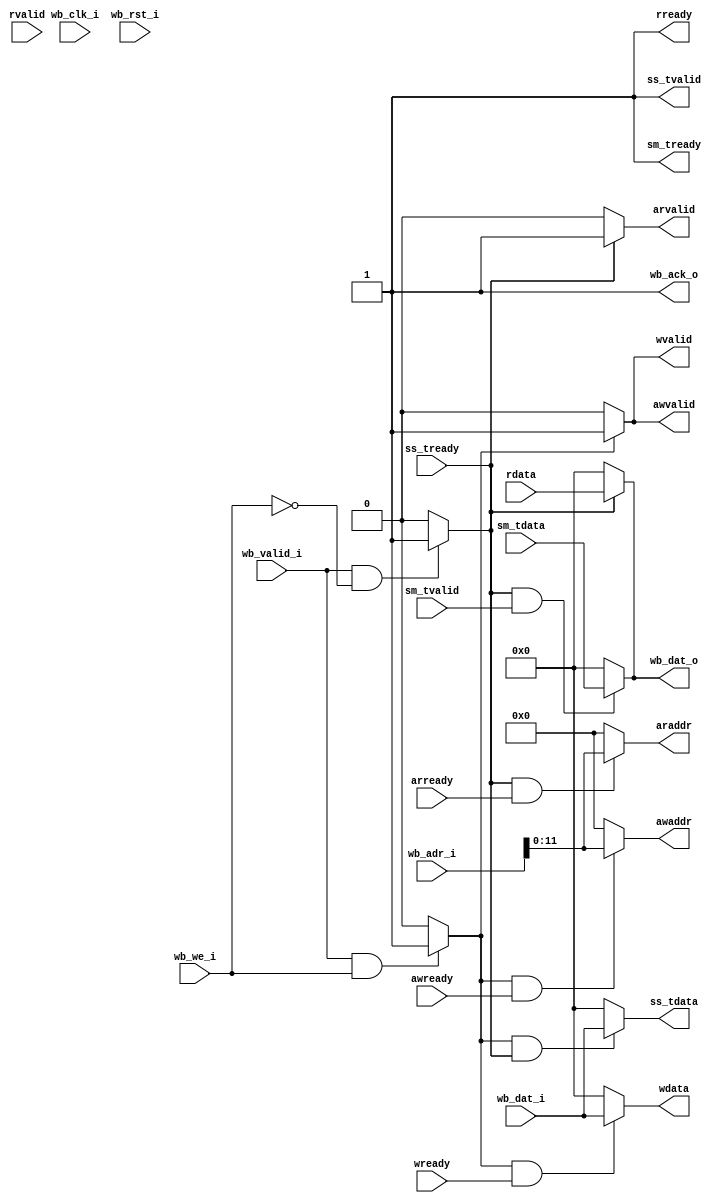
module wb_axistream
(
    // Wishbone Slave ports (WB MI A)
    input wb_clk_i,
    input wb_rst_i,
    input wb_valid_i,
    input wb_we_i,
    input [31:0] wb_dat_i,
    input [31:0] wb_adr_i,
    output wb_ack_o,
    output [31:0] wb_dat_o,

    //AXI lite
    // coef write address
    input                       awready,
    output                       awvalid,
    output  [11:0]    awaddr,
    // coef write data
    input                       wready,
    output                       wvalid,
    output  [31:0]    wdata,
    // coef read address
    input                       arready,
    output                       arvalid,
    output  [11:0]    araddr,
    //coef read data
    output                       rready,
    input                       rvalid,
    input  [31:0]    rdata,

    //AXI stream
    //data
    output                      ss_tvalid,
    output  [31:0]    ss_tdata,
    input                       ss_tready,
    //check
    output                       sm_tready, 
    input                      sm_tvalid, 
    input   [31:0] sm_tdata
);
    wire write;
    wire read;
    assign write = (wb_valid_i && wb_we_i) ? 1:0;
    assign read = (wb_valid_i && !wb_we_i) ? 1:0;
    // lite
    assign awvalid = (write) ? 1:0;
    assign wvalid = (write) ? 1:0;
    assign arvalid = (read) ? 1:0;
    assign rready = 1;

    assign awaddr = (write && awready) ? wb_adr_i:0;
    assign araddr = (read && arready) ? wb_adr_i:0;

    assign wdata = (write && wready) ? wb_dat_i:0;
    assign wb_dat_o = (read && rready) ? rdata: 0;

    // stream
    assign ss_tvalid = 1;
    assign ss_tdata = (write && ss_tready) ? wb_dat_i: 0;

    assign sm_tready = 1;
    assign wb_dat_o = (read && sm_tvalid) ? sm_tdata: 0;

    assign wb_ready = (!wb_we_i && wb_valid_i && ss_tvalid) ? 1: 0;
    assign ss_tready = (!wb_we_i && wb_valid_i && ss_tvalid) ? 1: 0;
    
    assign wb_ack_o = (ss_tvalid || sm_tvalid || wvalid || rvalid) ? 1 : 0;

endmodule